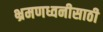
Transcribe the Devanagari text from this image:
भ्रमणध्वनीसाठी